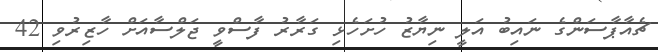
ޗެއާޕާސަންގެ ނައިބު އަލީ ނިޔާޒު ހުށަހެޅި ގަރާރު ފާސްވީ ޖަލްސާއަށް ހާޒިރުވި 42